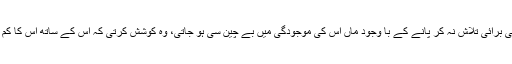
اس میں سے کوئی برائی تلاش نہ کر پانے کے با وجود ماں اس کی موجودگی میں بے چین سی ہو جاتی، وہ کوشش کرتی کہ اس کے ساتھ اس کا کم سے کم سامنا ہو۔